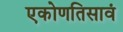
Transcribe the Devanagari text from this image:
एकोणतिसावं